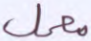
معمل